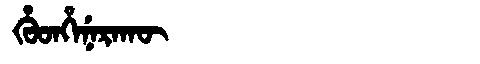
Manchu: ᡥᡠᡨᡥᡝᠨᡝᡵᠠᡴᡡ
Romanization: HUTHENERAKŪ